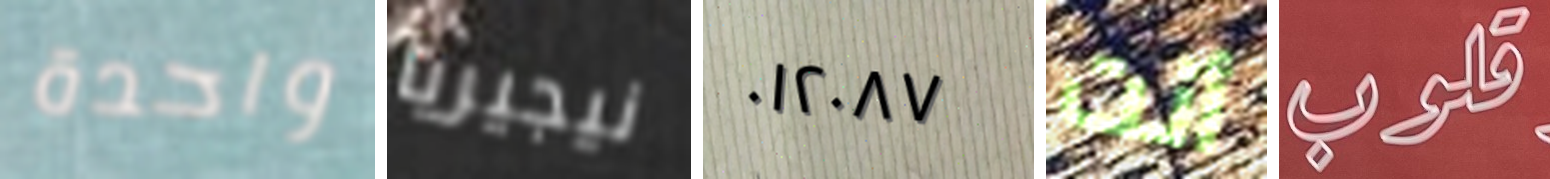
واحدة نيجيريا ٠١٢٠٨٧ أنت قلوب